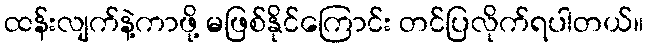
ထန်းလျက်နဲ့ကာဖို့ မဖြစ်နိုင်ကြောင်း တင်ပြလိုက်ရပါတယ်။